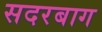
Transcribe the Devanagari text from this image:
सदरबाग